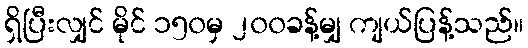
ရှိပြီးလျှင် မိုင် ၁၅၀မှ ၂၀၀ခန့်မျှ ကျယ်ပြန့်သည်။